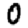
Digit: 0